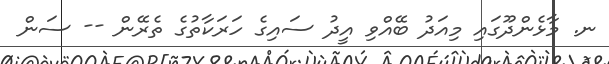
ނ. މާޅެންދޫގައި މިއަދު ބޭއްވި އީދު ސައިގެ ހަރަކާތުގެ ތެރޭން -- ސަން